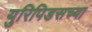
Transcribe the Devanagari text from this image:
युरिपिडसच्या